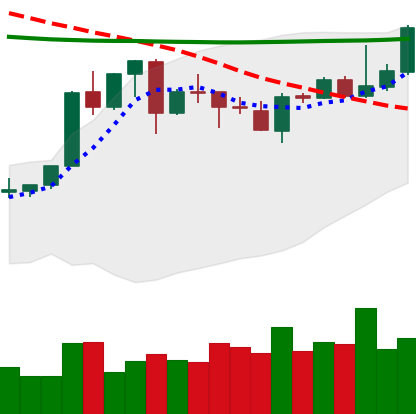
Ticker: XLM-USD
Chart end date: 2020-04-22
Forward return: 22.906%
Label: up_7plus